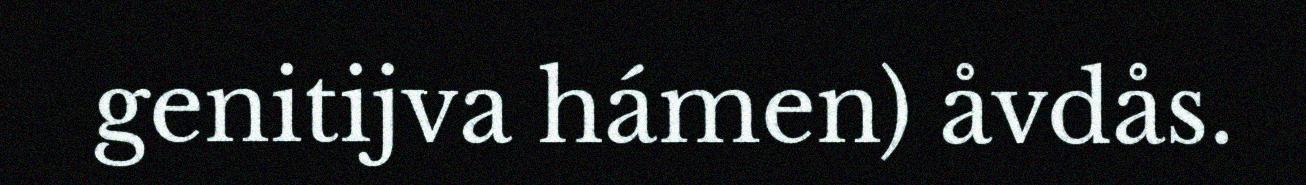
genitijva hámen) åvdås.